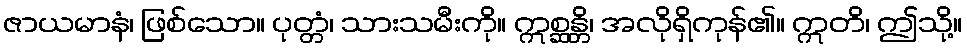
ဇာယမာနံ၊ ဖြစ်သော။ ပုတ္တံ၊ သားသမီးကို။ ဣစ္ဆန္တိ၊ အလိုရှိကုန်၏။ ဣတိ၊ ဤသို့။